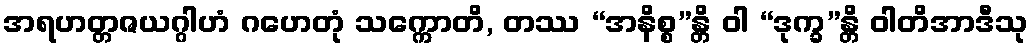
အရဟတ္တဇယဂ္ဂါဟံ ဂဟေတုံ သက္ကောတိ, တဿ “အနိစ္စ”န္တိ ဝါ “ဒုက္ခ”န္တိ ဝါတိအာဒီသု